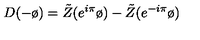
D ( - \o ) = \tilde { Z } ( e ^ { i \pi } \o ) - \tilde { Z } ( e ^ { - i \pi } \o )